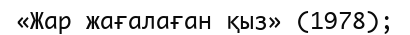
«Жар жағалаған қыз» (1978);